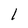
Character: 1